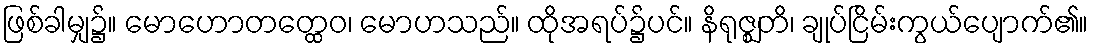
ဖြစ်ခါမျှ၌။ မောဟောတတ္ထေဝ၊ မောဟသည်။ ထိုအရပ်၌ပင်။ နိရုဇ္ဈတိ၊ ချုပ်ငြိမ်းကွယ်ပျောက်၏။